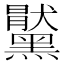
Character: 𪒞